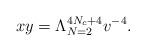
LaTeX: \begin{align*}xy=\Lambda^{4N_c+4}_{N=2}v^{-4}. \end{align*}